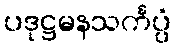
ပဒုဋ္ဌမနသင်္ကပ္ပံ